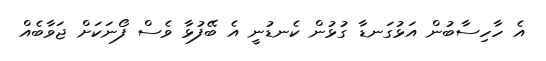
އެ ހާހިސާބުން އަޅުގަނޑާ ގުޅުން ކެނޑުނީ އެ ބޭފުޅާ ވެސް ފޯނަކަށް ޖަވާބެއް